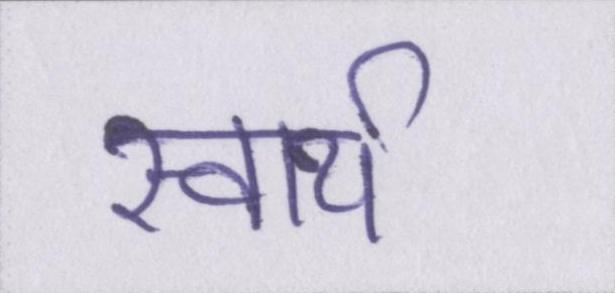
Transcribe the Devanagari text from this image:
स्वार्थ